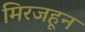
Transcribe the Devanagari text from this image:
मिरजहून